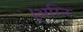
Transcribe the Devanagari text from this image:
।अग्नि